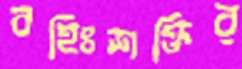
বহিঃশক্তির